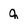
Character: q